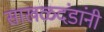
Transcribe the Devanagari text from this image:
साखळदंडांनी